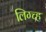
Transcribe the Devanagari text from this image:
लिग्च्ह